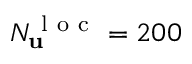
N _ { \mathbf { u } } ^ { \mathrm { ~ l ~ o ~ c ~ } } = 2 0 0